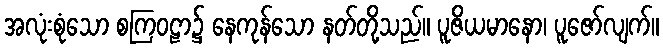
အလုံးစုံသော စကြဝဠာ၌ နေကုန်သော နတ်တို့သည်။ ပူဇိယမာနော၊ ပူဇော်လျက်။